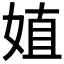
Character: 𰌈